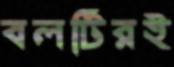
বলটিরই